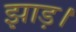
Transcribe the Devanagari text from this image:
झाड़।